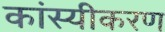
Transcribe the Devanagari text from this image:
कांस्यीकरण